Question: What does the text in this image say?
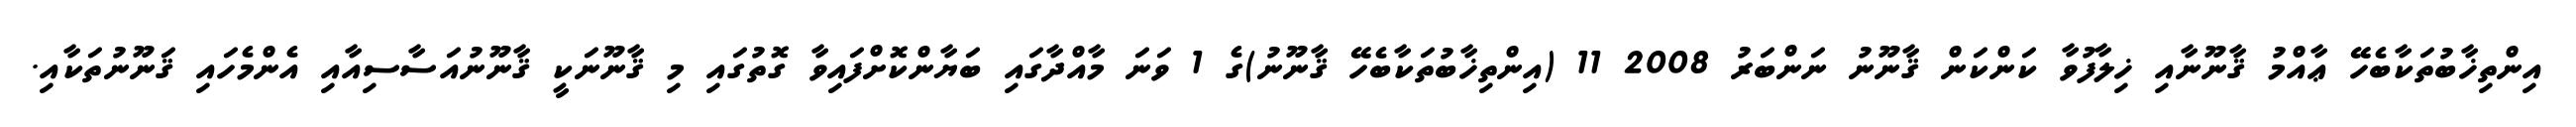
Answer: އިންތިޚާބުތަކާބެހޭ ޢާއްމު ޤާނޫނާއި ޚިލާފުވާ ކަންކަން ޤާނޫނު ނަންބަރު 2008 11 (އިންތިޚާބުތަކާބެހޭ ޤާނޫނު)ގެ 1 ވަނަ މާއްދާގައި ބަޔާންކޮށްފައިވާ ގޮތުގައި މި ޤާނޫނަކީ ޤާނޫނުއަސާސިއާއި އެންމެހައި ޤަނޫނުތަކާއި.